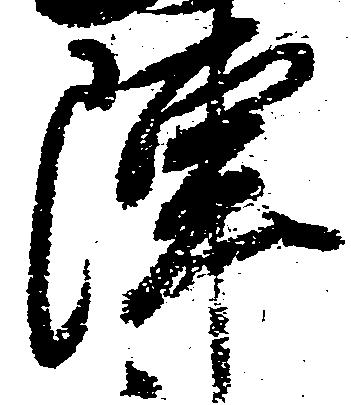
陣